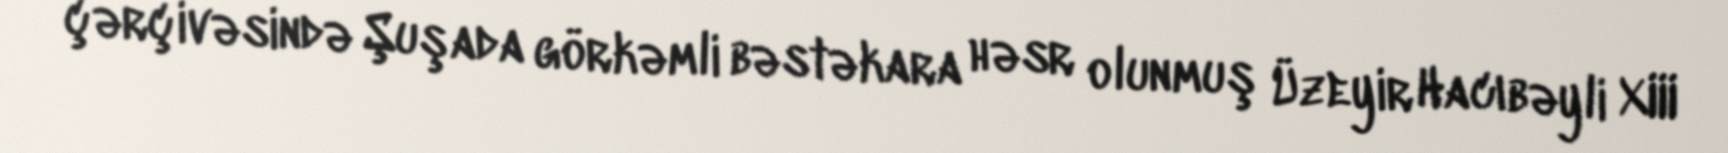
çərçivəsində Şuşada görkəmli bəstəkara həsr olunmuş Üzeyir Hacıbəyli XIII